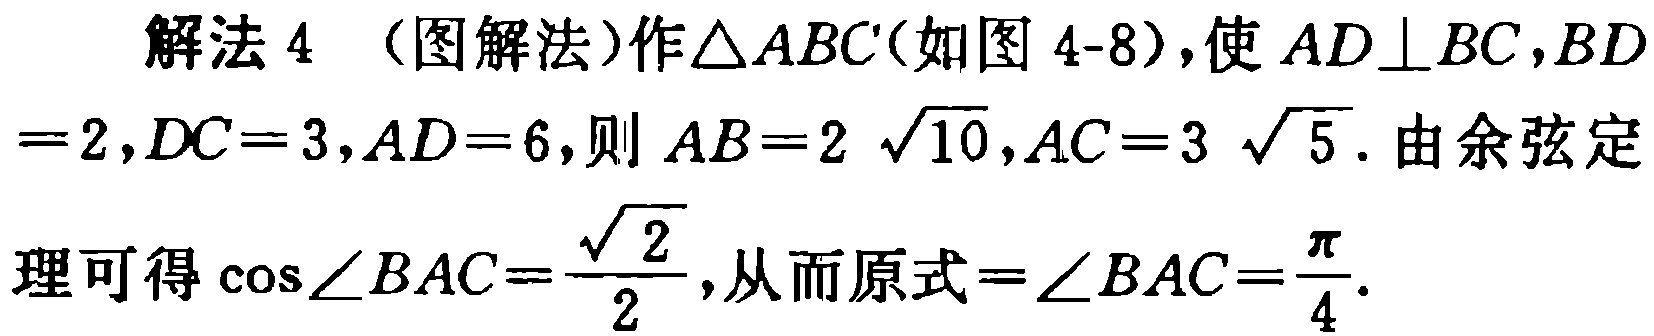
解法 4 （图解法）作\(\triangle ABC\)（如图 4-8），使 \(AD\perp BC\)，\(BD = 2\)，\(DC = 3\)，\(AD = 6\)，则 \(AB = 2\sqrt{10}\)，\(AC = 3\sqrt{5}\). 由余弦定理可得 \(\cos\angle BAC=\frac{\sqrt{2}}{2}\)，从而原式\(=\angle BAC=\frac{\pi}{4}\).